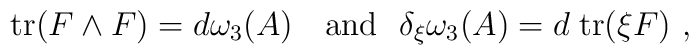
{\rm tr}( F \wedge F)  = d \omega_3(A)\ \ \ {\rm and} \ \ \delta_{\xi} \omega_3(A) = d\; {\rm tr  } (\xi  F)\ ,